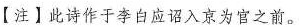
【注】此诗作于李白应诏入京为官之前。